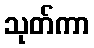
သုတ်ကာ